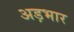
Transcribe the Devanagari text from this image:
अड़भार